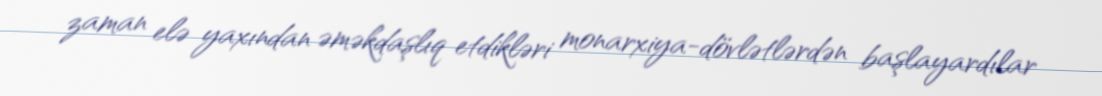
zaman elə yaxından əməkdaşlıq etdikləri monarxiya-dövlətlərdən başlayardılar